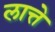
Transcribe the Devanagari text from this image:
लात्ते